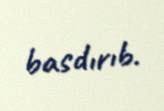
basdırıb.